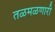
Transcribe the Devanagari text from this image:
तळमळणारी